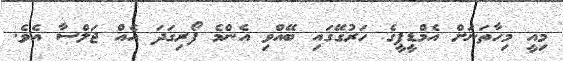
މިއީ މިހާތަނަށް އެމްޑީޕީގެ ހަރުގޭގައި ބޭއްވި އެންމެ ފޯރިގަދަ އެއް ޖަލްސާ އެވެ.